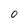
Character: 0